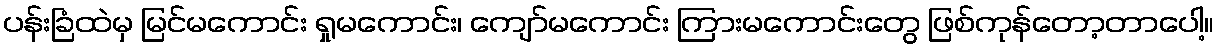
ပန်းခြံထဲမှ မြင်မကောင်း ရှုမကောင်း၊ ကျော်မကောင်း ကြားမကောင်းတွေ ဖြစ်ကုန်တော့တာပေါ့။